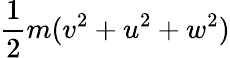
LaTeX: \frac{1}{2}m(v^{2}+u^{2}+w^{2})